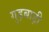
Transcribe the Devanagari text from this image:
गुड़बाड़ी